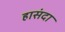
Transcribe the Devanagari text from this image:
हासंदा